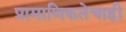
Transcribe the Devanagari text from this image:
प्रामाणिकतेचाही